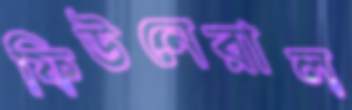
ফিউনেরাল